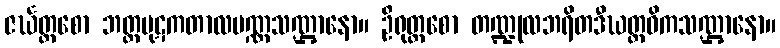
ဇင်္ဃတ္တစော ဘတ္တပုဋကတာလပဏ္ဏသဏ္ဌာနော။ ဦရုတ္တစော တဏ္ဍုလဘရိတဒီဃတ္ထဝိကသဏ္ဌာနော။